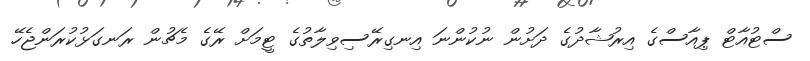
ސްޓުއާޓް ޕިއާސްގެ އިރުޝާދުގެ ދަށުން ނުކުންނަ އިނގިރޭސިވިލާތުގެ ޓީމަށް ރޭގެ މެޗުން ރަނގަޅުކުރަންޖެހޭ